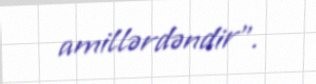
amillərdəndir”.